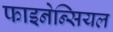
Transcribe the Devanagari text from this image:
फाइनेन्सियल